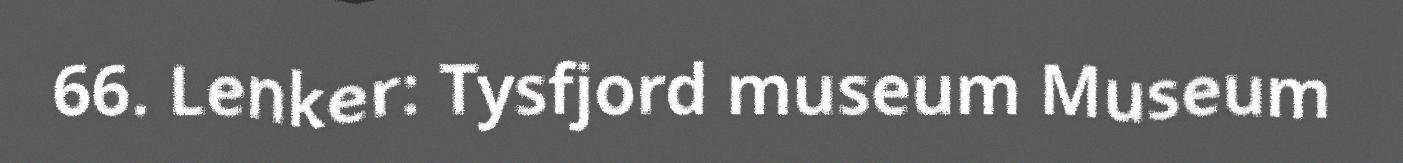
66. Lenker: Tysfjord museum Museum